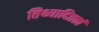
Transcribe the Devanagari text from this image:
तिथ्यादितत्त्वं